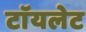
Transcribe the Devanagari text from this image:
टाॅयलेट